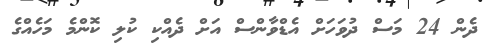
ދެން 24 މަސް ދުވަހަށް އެޑްވާންސް އަށް ދެއްކި ކުލި ކޮންމެ މަހެއްގެ